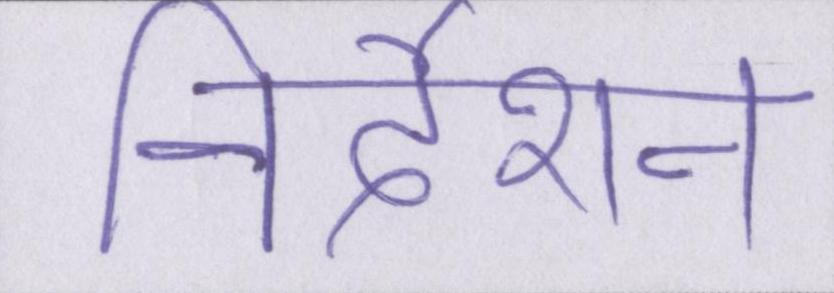
निर्देशन